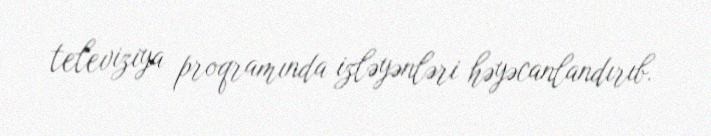
televiziya proqramında izləyənləri həyəcanlandırıb.